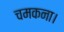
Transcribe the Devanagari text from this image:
चमकना।